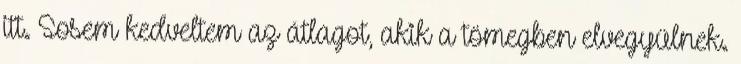
itt. Sosem kedveltem az átlagot, akik a tömegben elvegyülnek.